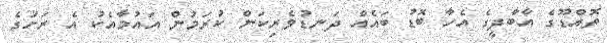
ތޮއްޑޫގެ އާބާދީގެ އެހާ ބޮޑު ބައެއް ދަނޑުވެރިކަން ކުރަމުން އައުމާއެކު އެ ރަށުގެ